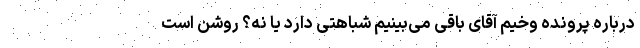
درباره‌ پرونده‌ وخیم آقای باقی می‌بینیم شباهتی دارد یا نه؟ روشن است